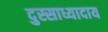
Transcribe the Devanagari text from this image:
दुस्साध्यादाय